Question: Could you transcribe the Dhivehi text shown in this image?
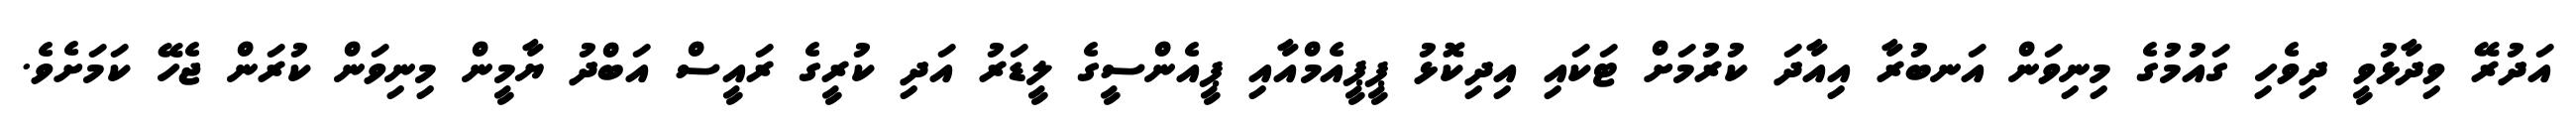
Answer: އަދުރޭ ވިދާޅުވީ ދިވެހި ގައުމުގެ މިނިވަން އަނބުރާ އިއާދަ ކުރުމަށް ޓަކައި އިދިކޮޅު ޕީޕީއެމްއާއި ޕީއެންސީގެ ލީޑަރު އަދި ކުރީގެ ރައީސް އަބްދު ޔާމީން މިނިވަން ކުރަން ޖެހޭ ކަމަށެވެ.